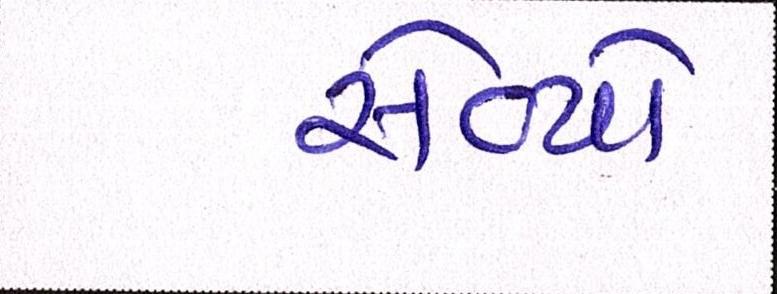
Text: સેવ્યો